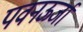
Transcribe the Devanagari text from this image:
पवनऊर्जा